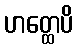
ဟတ္ထေပိ